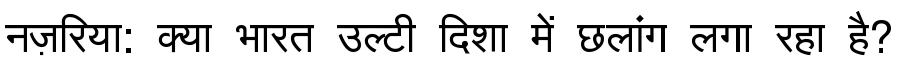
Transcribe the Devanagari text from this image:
नज़रिया: क्या भारत उल्टी दिशा में छलांग लगा रहा है?